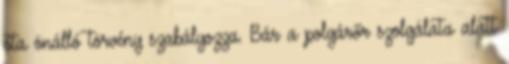
óta önálló törvény szabályozza. Bár a polgárőr szolgálata alatt